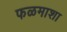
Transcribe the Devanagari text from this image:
फळमाशा